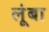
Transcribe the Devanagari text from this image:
लूंबा